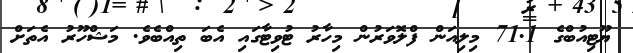
ޔޫޓިއުބްގެ 71.1 މިލިއަން ފްލޮވަރުން މިހާރު ޓުވިޓާގައި އެބަ ތިއްބެވެ. މަޝްހޫރު އެތަށް